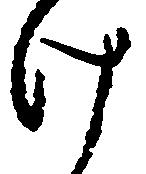
け